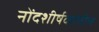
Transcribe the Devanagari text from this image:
नोंदशीर्षकांतील